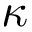
\kappa